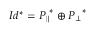
I d ^ { * } = { P _ { \parallel } } ^ { * } \oplus { P _ { \perp } } ^ { * }